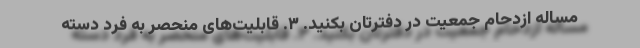
مساله ازدحام جمعیت در دفترتان بکنید. ۳. قابلیت‌های منحصر به فرد دسته